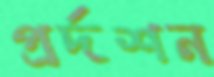
প্রর্দশন